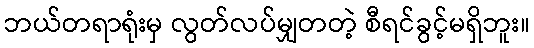
ဘယ်တရာရုံးမှ လွတ်လပ်မျှတတဲ့ စီရင်ခွင့်မရှိဘူး။